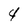
Character: 4